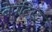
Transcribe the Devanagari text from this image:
बेपटिस्ट